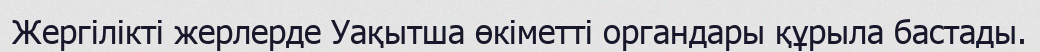
Жергілікті жерлерде Уақытша өкіметті органдары құрыла бастады.